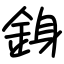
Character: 銵